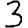
Digit: 3